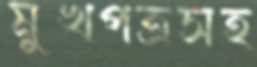
মুখপত্রসহ